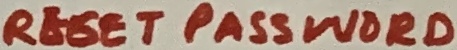
Text: RESET PASSWORD